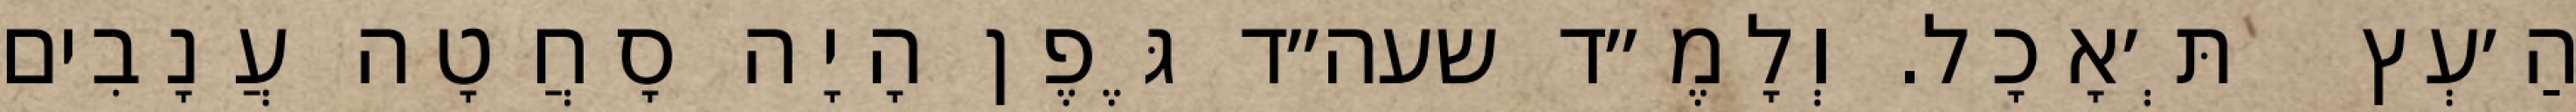
הַ׳עְץ  תְּ׳אָכָל. וְלָמֶ״ד שעה״ד גֶּפֶן הָיָה סָחֲטָה עֲנָבִים